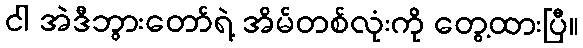
ငါ အဲဒီဘွားတော်ရဲ့ အိမ်တစ်လုံးကို တွေ့ထားပြီ။